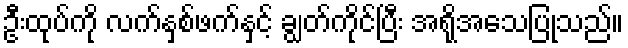
ဦးထုပ်ကို လက်နှစ်ဖက်နှင့် ချွတ်ကိုင်ပြီး အရိုအသေပြုသည်။